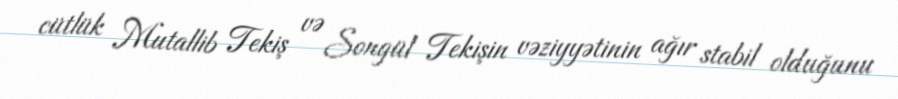
cütlük Mutallib Tekiş və Songül Tekişin vəziyyətinin ağır stabil olduğunu